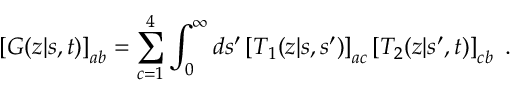
\left[ G ( z | s , t ) \right] _ { a b } = \sum _ { c = 1 } ^ { 4 } \int _ { 0 } ^ { \infty } d s ^ { \prime } \left[ T _ { 1 } ( z | s , s ^ { \prime } ) \right] _ { a c } \left[ T _ { 2 } ( z | s ^ { \prime } , t ) \right] _ { c b } \ .